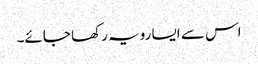
اس سے ایسا رویہ رکھا جائے۔